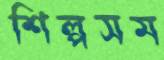
শিল্পসম